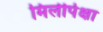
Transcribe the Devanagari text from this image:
मिलीपेक्षा